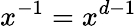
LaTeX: x^{-1}=x^{d-1}